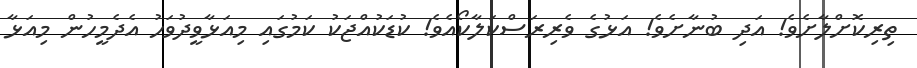
ތިރިކޮށްލާށެވެ! އަދި ބުނާށެވެ! އަޅުގެ ވެރިރަސްކަލާކޯއެވެ! ކުޑަކުއްޖަކު ކަމުގައި މިއަޅާވީދުވަހު އެދެމީހުން މިއަޅާ